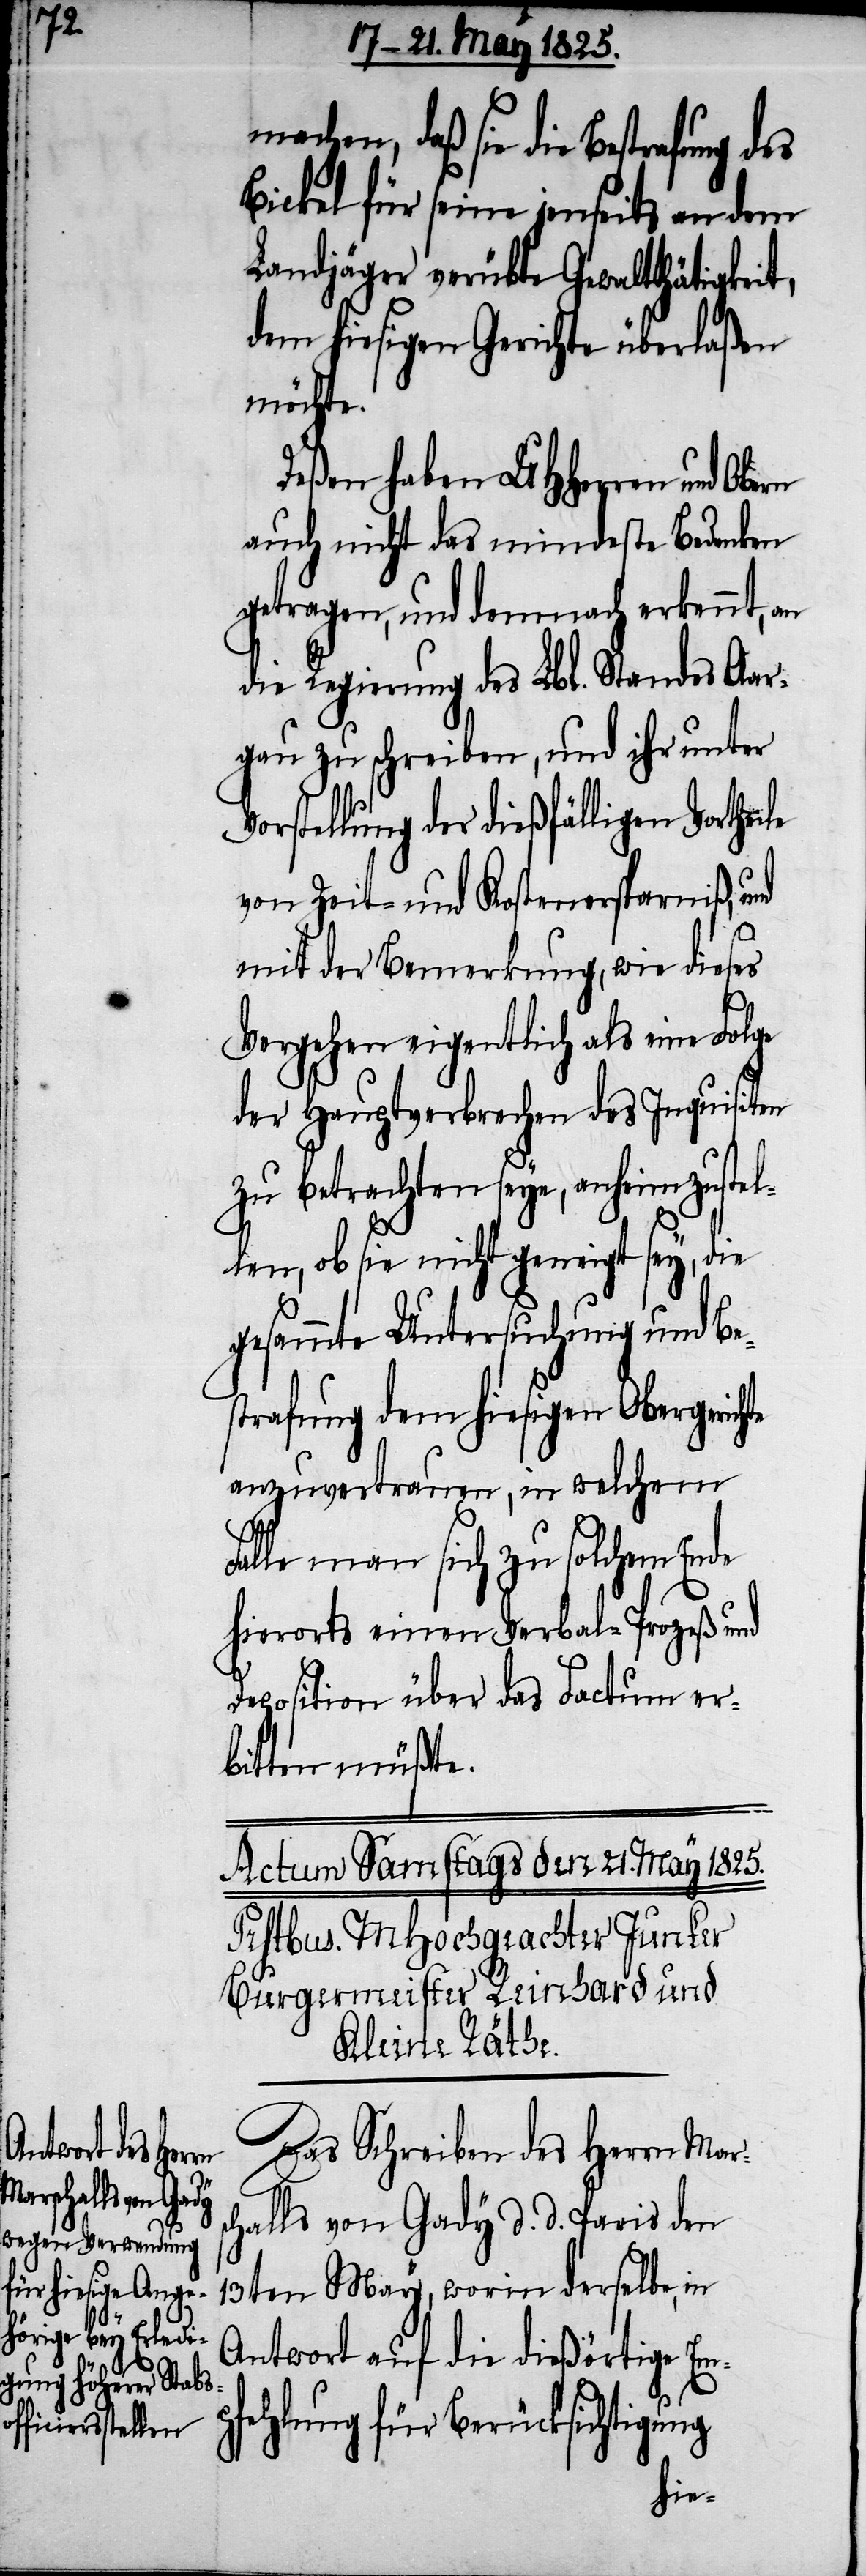
t,

machen, daß sie die Bestrafung
Bickel für seine jenseits an dem
Landjäger verübte Gewaltthätigkei¬
dem hiesigen Gerichte überlaßen
möchte.
Deßen haben UHHerren und
auch nicht das mindeste Bedenken
getragen, und demnach erkennt, an
die Regierung des Lbl. Standes Aar¬
gau zu schreiben, und ihr unter
orstellung der dießfälligen Vorthei¬
von Zeit- und Kostenersparniß, und
mit der Bemerkung, wie dieses
Vergehen eigentlich als eine Folge
der Hauptverbrechen des Inquisiten
zu betrachten seye, anheim zustel¬
len, ob sie nicht geneigt sey, die
gesammte Untersuchung und Be¬
strafung dem hiesigen Obergerich¬
anzuvertrauen, in welchem
Falle man sich zu solchem Ende
hierorts einen Verbal-Prozeß und
Deposition über das Factum er¬
bitten müßte.
Das Schreiben des Herrn Mars¬
challs von Gady d. d. Paris den
13ten May, worin derselbe, in
Antwort auf die dießörtige Em¬
te
pfehlung für Berücksichtigung